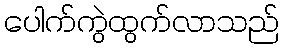
ပေါက်ကွဲထွက်လာသည်